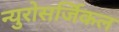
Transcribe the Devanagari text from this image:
न्युरोसर्जिकल